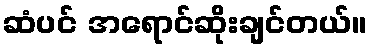
ဆံပင် အရောင်ဆိုးချင်တယ်။